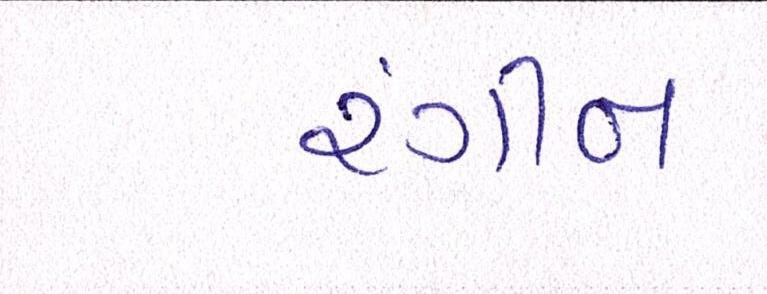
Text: રંગીન